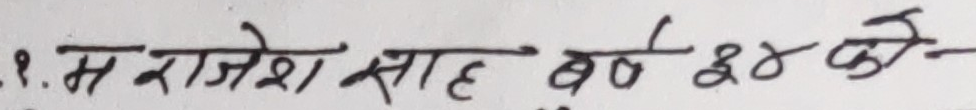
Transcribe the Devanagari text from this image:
१. म राजेश साह बर्ष ४४ कै-